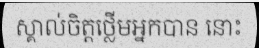
ស្គាល់ចិត្តថ្លើមអ្នកបាន នោះ